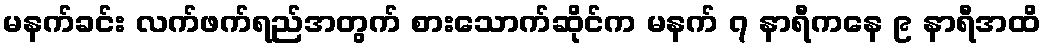
မနက်ခင်း လက်ဖက်ရည်အတွက် စားသောက်ဆိုင်က မနက် ၇ နာရီကနေ ၉ နာရီအထိ